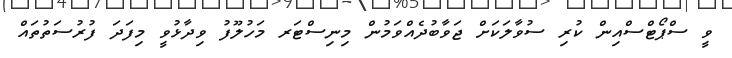
ވީ ސްޕޯޓްސްއިން ކުރި ސުވާލަކަށް ޖަވާބުދެއްވަމުން މިނިސްޓަރ މަހުލޫފު ވިދާޅުވީ މިފަދަ ފުރުސަތުތައް